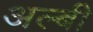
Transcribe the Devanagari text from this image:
अल्बी